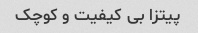
پیتزا بی کیفیت و کوچک